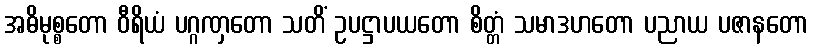
အဓိမုစ္စတော ဝီရိယံ ပဂ္ဂဏှတော သတိံ ဥပဋ္ဌာပယတော စိတ္တံ သမာဒဟတော ပညာယ ပဇာနတော